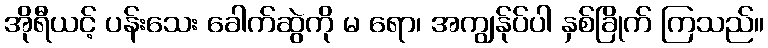
အိုရီယင့် ပန်းသေး ခေါက်ဆွဲကို မ ရော၊ အကျွန်ုပ်ပါ နှစ်ခြိုက် ကြသည်။